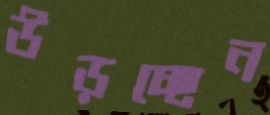
উড়চ্ছেন